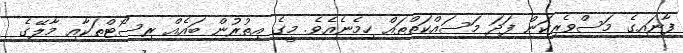
ފާނައިގެ މަސްވެރިކަން ފަދަ މަސައްކަތްތައް ހިމެނެއެވެ. މީގެ އިތުރުން ބައެއް ރިސޯޓްތަކާއި މާލޭގެ